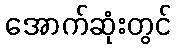
အောက်ဆုံးတွင်